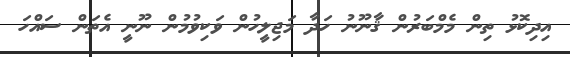
އިދިކޮޅު ތިން މެމްބަރުން ޤާނޫނު ހަދާ މަޖިލީހުން ވަކިވުމުން ނޫނީ އެތަން ސައްހަ